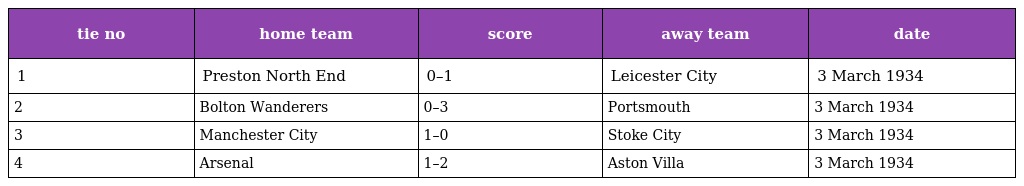
| tie no | home team | score | away team | date |
 | --- | --- | --- | --- | --- |
 | 1 | Preston North End | 0–1 | Leicester City | 3 March 1934 |
 | 2 | Bolton Wanderers | 0–3 | Portsmouth | 3 March 1934 |
 | 3 | Manchester City | 1–0 | Stoke City | 3 March 1934 |
 | 4 | Arsenal | 1–2 | Aston Villa | 3 March 1934 |